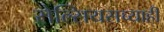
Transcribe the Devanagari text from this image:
सेल्सियसच्याही